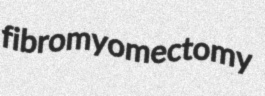
fibromyomectomy